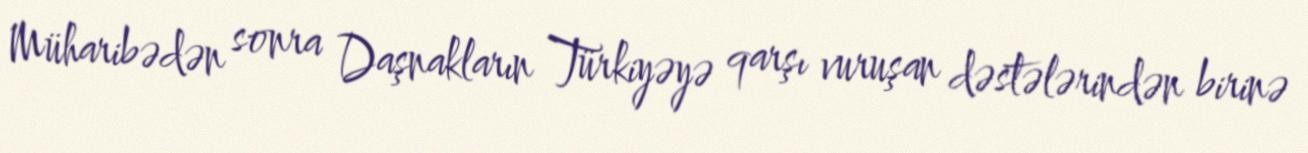
Müharibədən sonra Daşnakların Türkiyəyə qarşı vuruşan dəstələrindən birinə